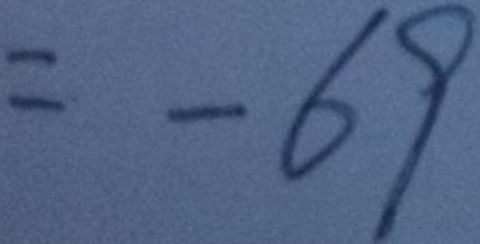
= - 6 9